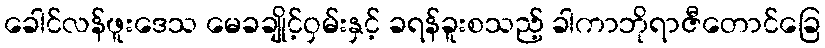
ခေါင်လန်ဖူးဒေသ မေခချိုင့်ဝှမ်းနှင့် ခရန်ခူးစသည့် ခါကာဘိုရာဇီတောင်ခြေ